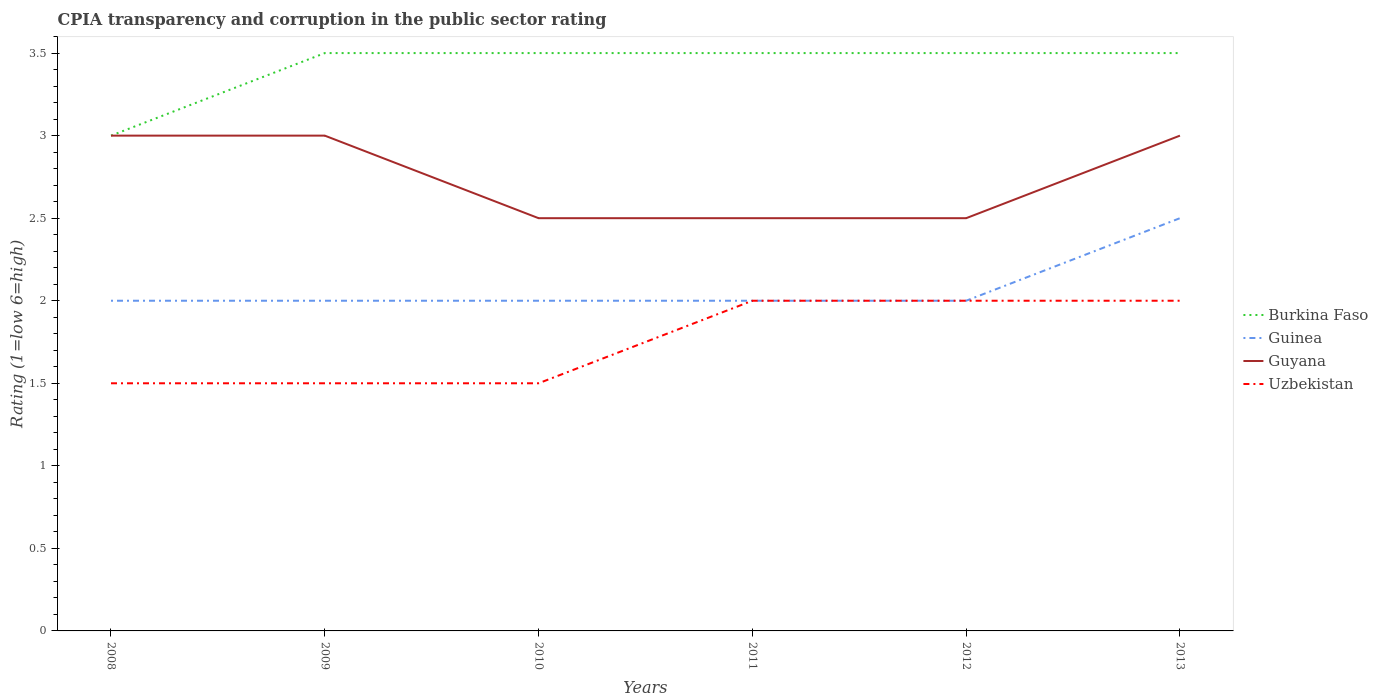
| Years | Burkina Faso | Guinea | Guyana | Uzbekistan |
 | --- | --- | --- | --- | --- |
 | 2008 | 3 | 2 | 3 | 1.5 |
 | 2009 | 3.5 | 2 | 3 | 1.5 |
 | 2010 | 3.5 | 2 | 2.5 | 1.5 |
 | 2011 | 3.5 | 2 | 2.5 | 2 |
 | 2012 | 3.5 | 2 | 2.5 | 2 |
 | 2013 | 3.5 | 2.5 | 3 | 2 |